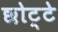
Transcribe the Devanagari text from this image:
छोट्टे